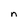
Character: n